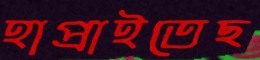
হাপ্‌রাইতেছ